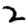
Digit: 2